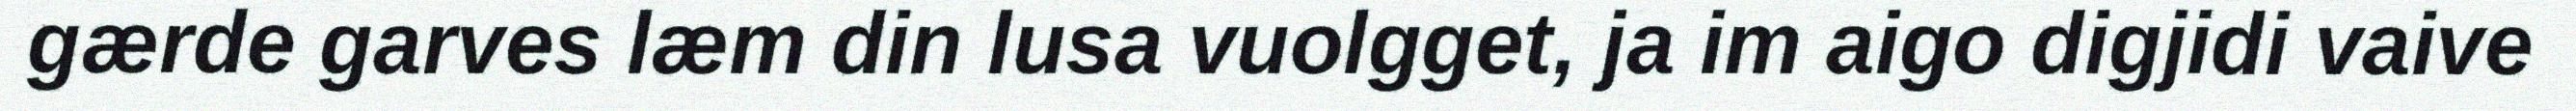
gærde garves læm din lusa vuolgget, ja im aigo digjidi vaive